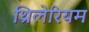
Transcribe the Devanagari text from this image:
थ्रिलेरियम